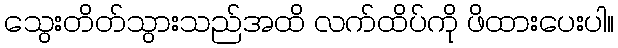
သွေးတိတ်သွားသည်အထိ လက်ထိပ်ကို ဖိထားပေးပါ။